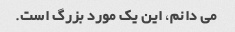
می دانم، این یک مورد بزرگ است.